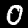
Label: 0